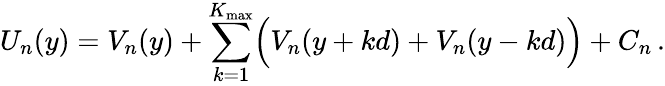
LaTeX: U_{n}(y)=V_{n}(y)+\sum_{k=1}^{K_{\operatorname*{max}}}\Bigl(V_{n}(y+kd)+V_{n}(y-kd)\Bigr)+C_{n}\, .